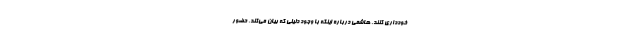
خودداری کنند. هاشمی درباره اینکه با وجود دلیلی که بیان می‌کند، حضور